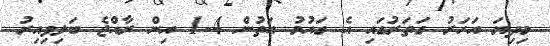
މިދިޔަ އަހަރު ގަތަރުގައި އެ ގައުމު އަތުން 4-1 އިން ރާއްޖެ ބަލިވިއިރު